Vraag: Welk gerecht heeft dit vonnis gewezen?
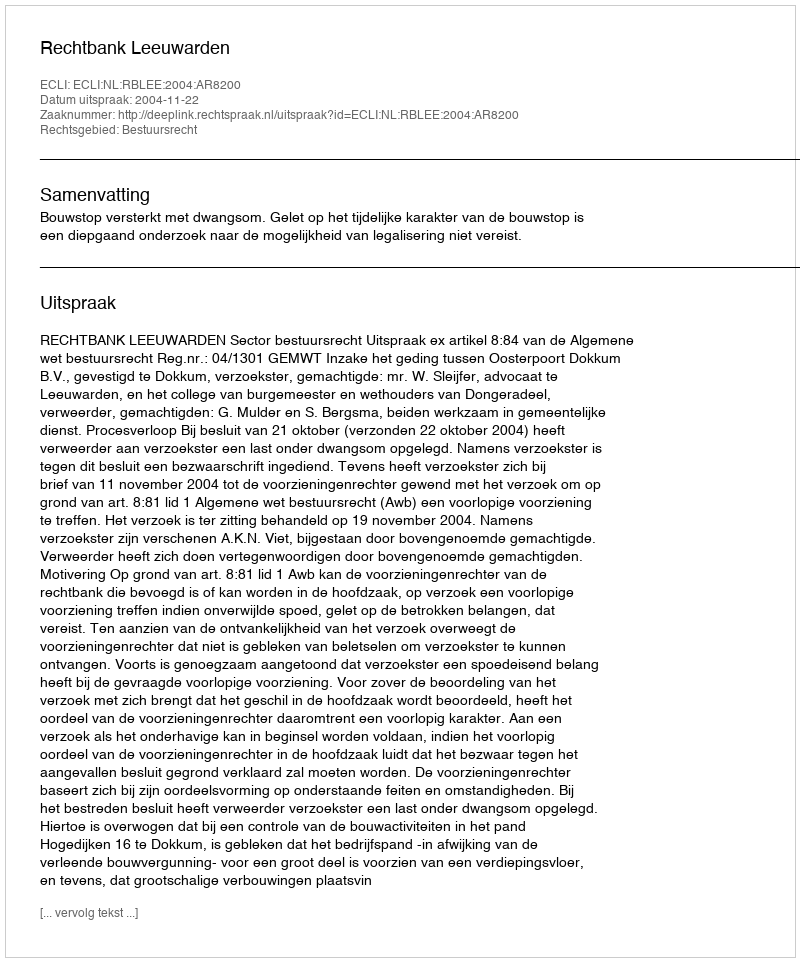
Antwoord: Rechtbank Leeuwarden